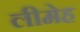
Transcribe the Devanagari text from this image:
लीमेह